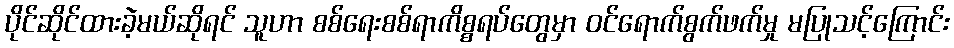
ပိုင်ဆိုင်ထားခဲ့မယ်ဆိုရင် သူဟာ စစ်ရေးစစ်ရာကိစ္စရပ်တွေမှာ ဝင်ရောက်စွက်ဖက်မှု မပြုသင့်ကြောင်း